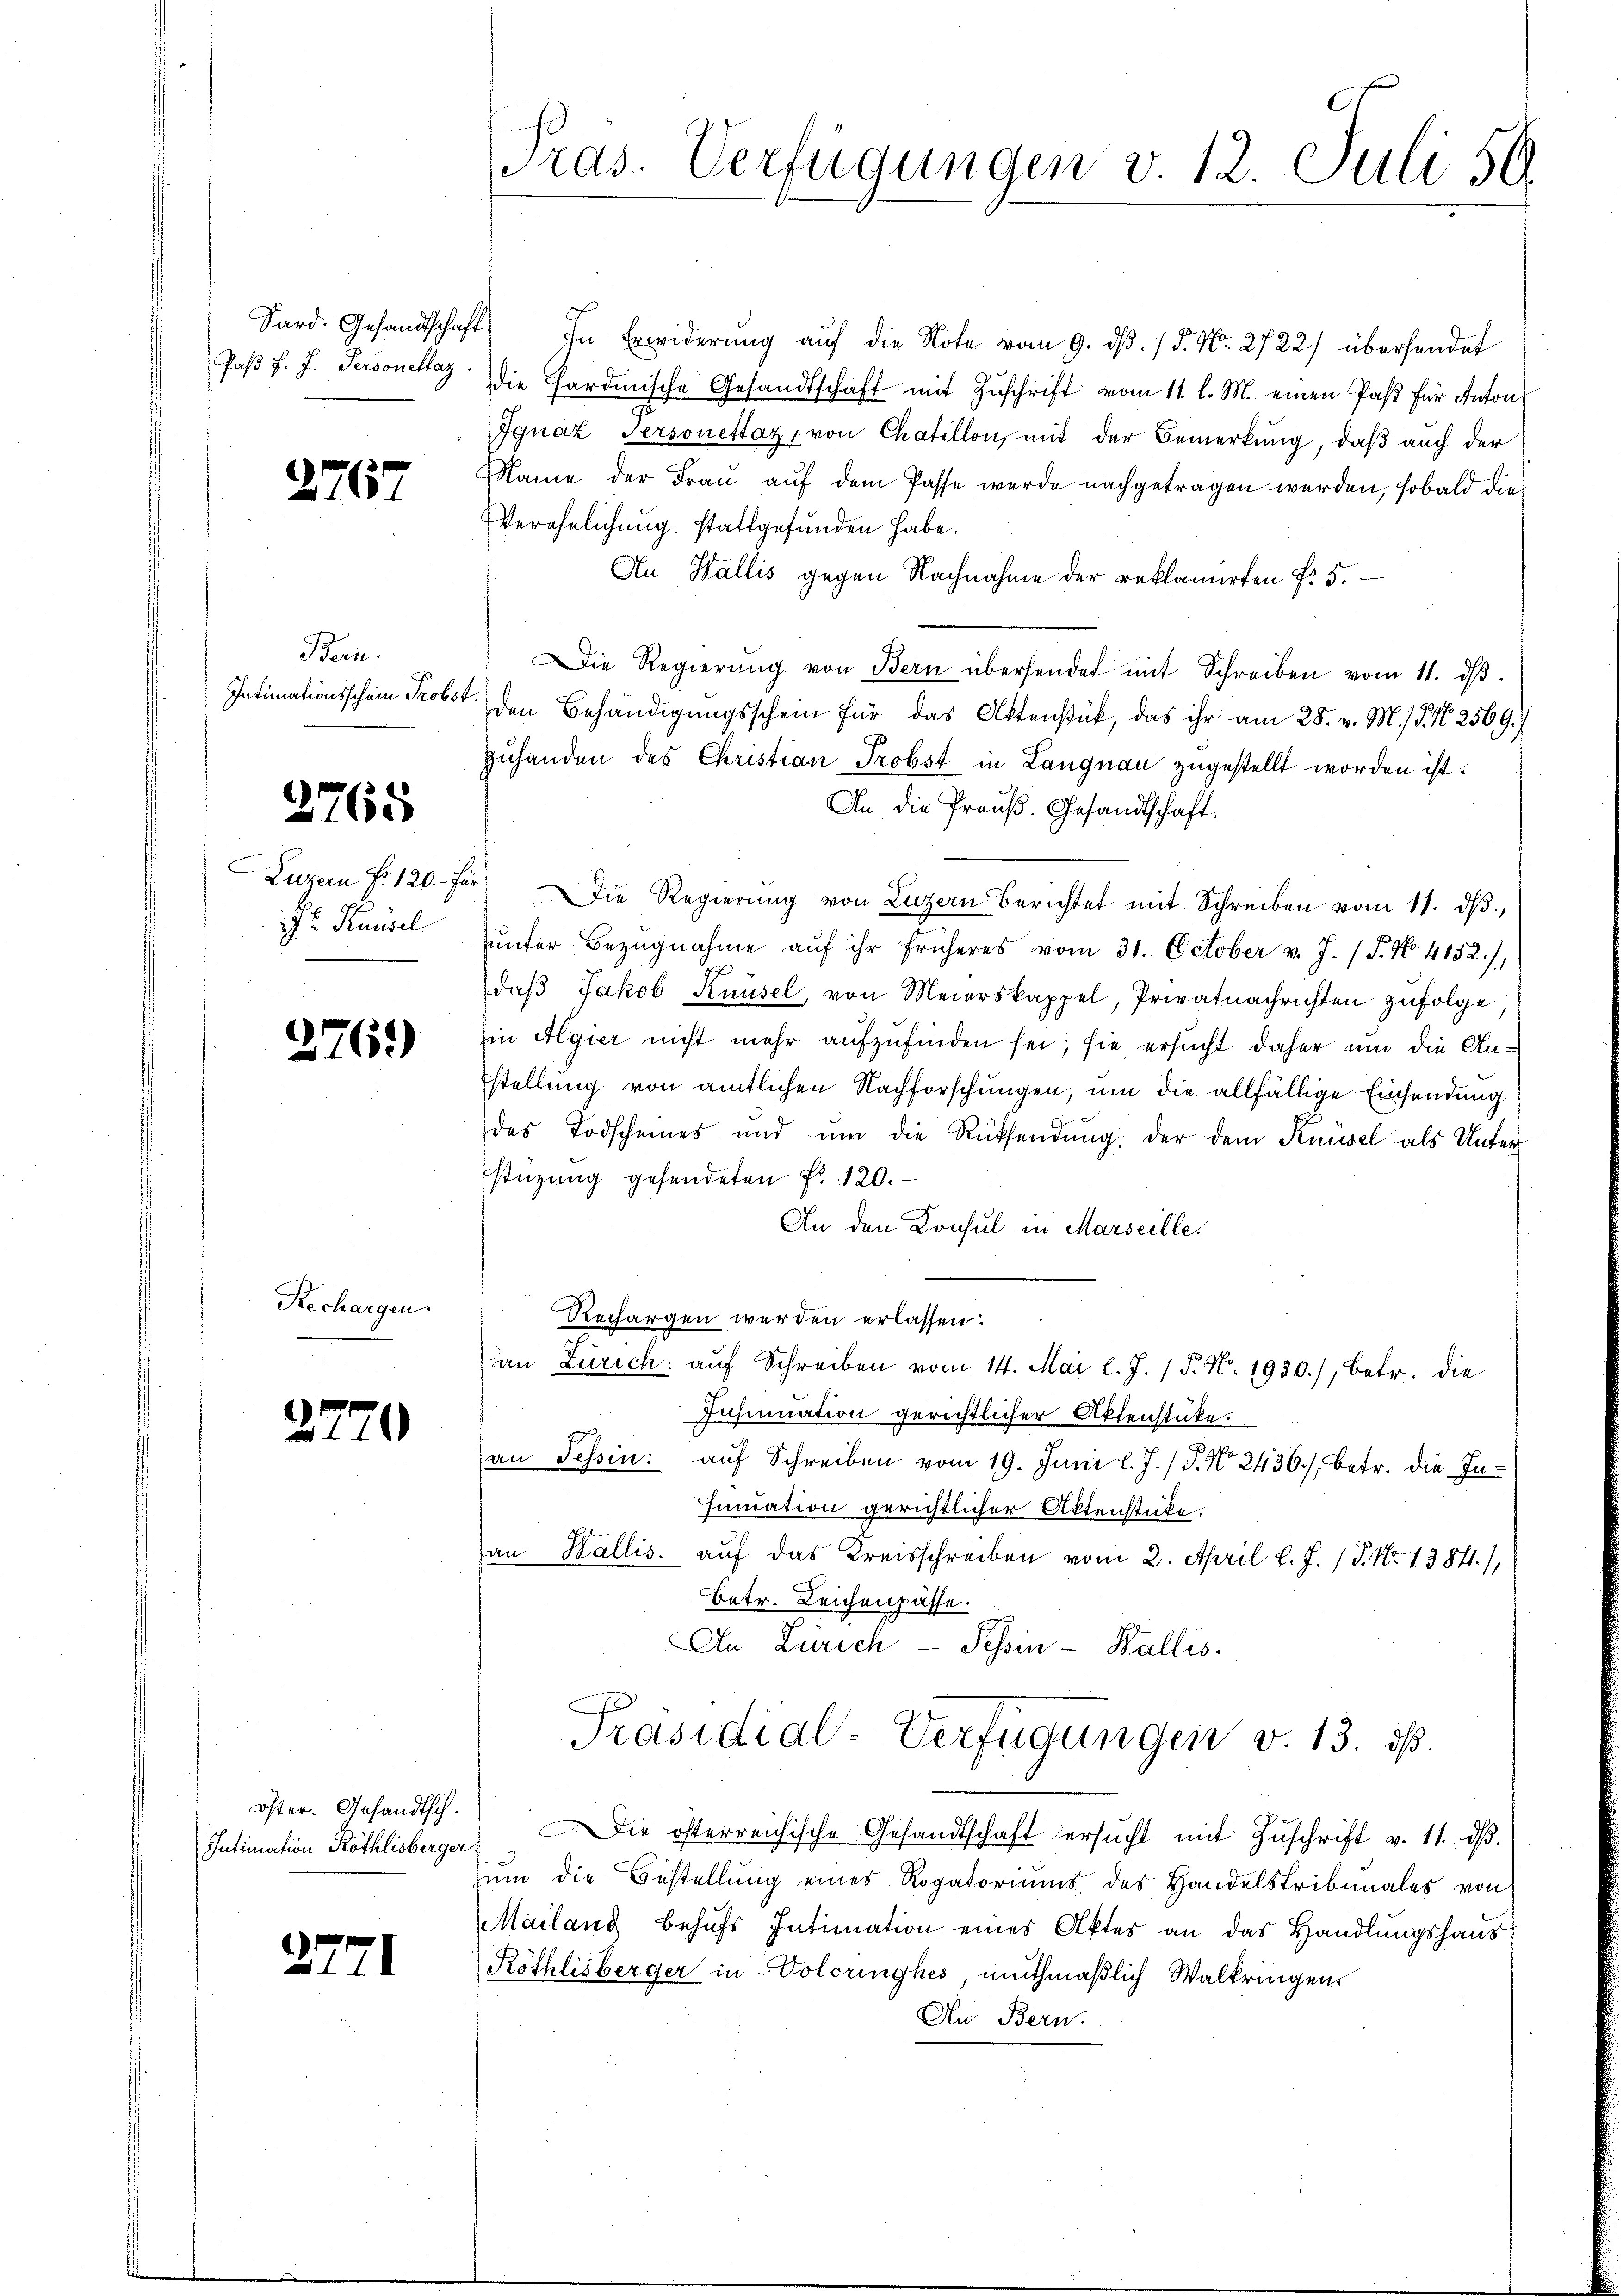
Paß F. J. Personettaz

2767

Bern.
Intimationsschein Probst.

2765

Luzern fr. 120. Fr
Hr. Pausel

2769)

Rechargen.

2

2771

2

öster. Gesandtsch.
Intimation Röthlisberger.

ras. Verfügungen v. 12. Juli 56.

Sard. Gesandtschaft. In Erwiderung auf die Note vom 9. dβ. / 5. No. 2722) übersendet
die Pardische Gesandtschaft mit Zŭschrift vom 11. l. M. einen Past für Anton
Ignaz Personettaz, von Chaillon, mit der Bemerkung, daß auch der
Name der Frau auf dem Pässe wurde nachgetragen werden, sobald die
Verehelichung stattgefunden habe.
An Wallis gegen Nachnahme der reklamirten No 5.
Die Regierŭng von Bern übersendet mit Schreiben vom 11. dβ.
den Behändigungsschein für das Aktenstück, das ihr am 28. v. M. / 5. No 2569.
zuhanden des Christian Probst in Langnau zugestellt worden ist.
An die Preuß. Gesandtschaft.
) Die Regierŭng von Luzern berichtet mit Schreiben vom 11. dβ,
ŭnter Bezugnahme aŭf ihr früheres vom 31. October v. J. (T. No. 4152),
daβ Jakob Knüsel, von Meierskappel, Privatnachrichten zufolge
in Algier nicht mehr aufzufinden sei; sie ersucht daher um die Anstellung von amtlichen Nachforschungen, um die allfällige Einsendung
das Todscheines und um die Rücksendŭng, der dem Knüsel als Unter-
Estüzung gesendeten Fr. 120.
An den Konsul in Marseille.
Rechargen werden erlassen:
an Zürich: auf Schreiben vom 14. Mai l. J. (T. No. 1930), betr. die
Insinuation gerichtlicher Aktenstücke.
an Tessin: auf Schreiben vom 19. Juni l. J. / P. Nr. 2436), betr. die In¬
Finuation gerichtlicher Aktenstücke.
au Wallis aŭf das Kreisschreiben vom 2. April l. J. P. Nr. 13841.),
betr. Leichenpasse.
An Zürich - Tessin - Wallis.
Präsidial-Verfügungen v. 13. ds.
Die österreichische Gesandtschaft ersŭcht mit Zŭschrift v. 11. dβ.
zum die Bestellung eines Rogatoriums des Handelstribunales von
Mailand behŭfs Intimation eines Aktes an das Handlŭngshaus
Röthlisberger in Voleringhes, muthmaßlich Walkringen.
An Bern.